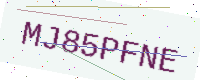
Text: MJ85PFNE